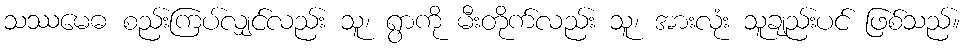
သဿမေဓ စည်းကြပ်လျှင်လည်း သူ၊ ရွာကို မီးတိုက်လည်း သူ၊ အားလုံး သူချည်းပင် ဖြစ်သည်။